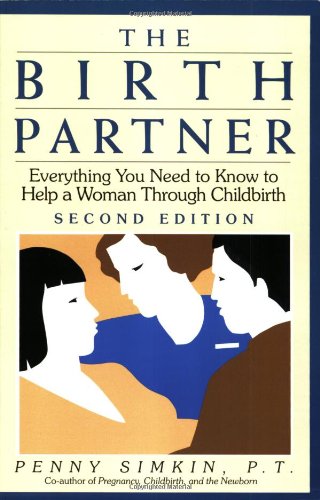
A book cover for The Birth Partner: Everything You Need to Know to Help a Woman Through Childbirth, Second Edition; Penny Simkin; Sports & Outdoors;